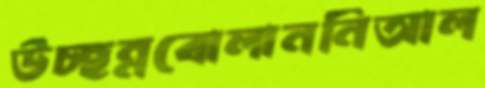
উচ্ছন্নবোলাননিআল